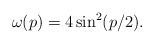
\begin{align*}\omega(p)=4\sin^2(p/2). \end{align*}